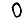
Digit: 0